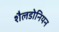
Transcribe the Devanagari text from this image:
शैलडोनियन